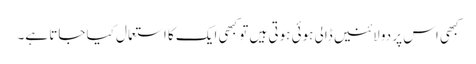
کبھی اس پر دو لائنیں ڈالی ہوئی ہوتی ہیں تو کبھی ایک کا استعمال کیا جاتا ہے۔